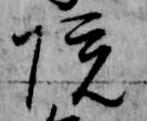
院